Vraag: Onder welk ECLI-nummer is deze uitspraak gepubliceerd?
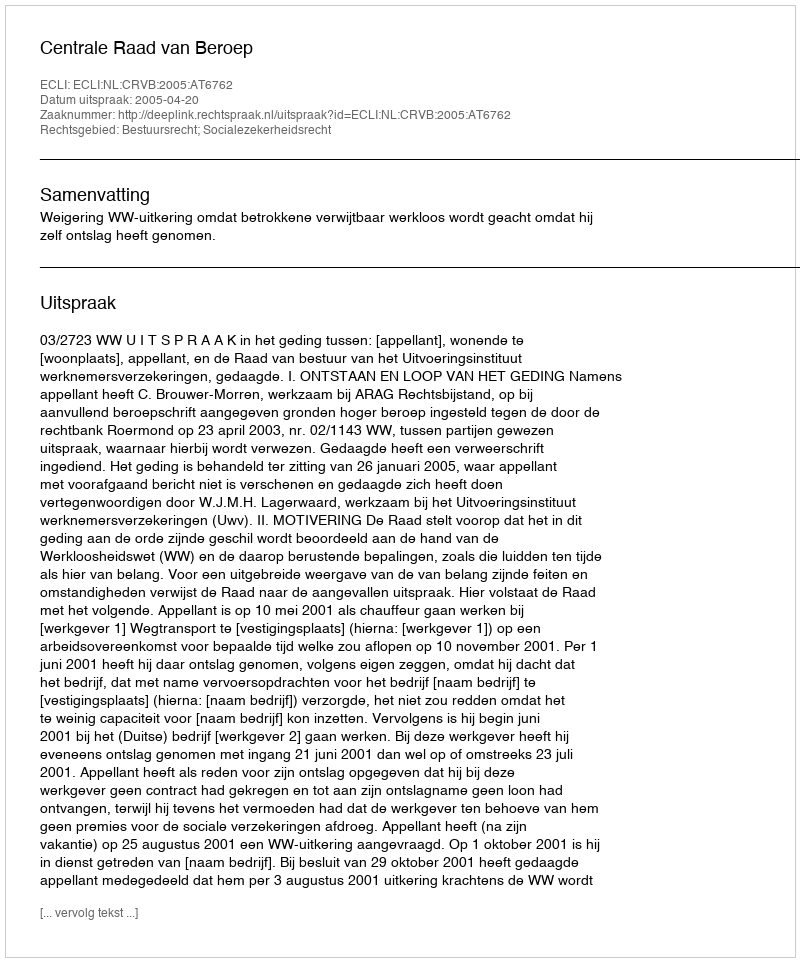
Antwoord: ECLI:NL:CRVB:2005:AT6762